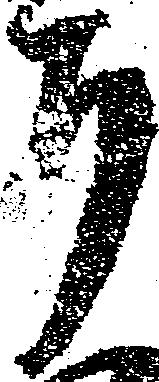
ち